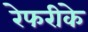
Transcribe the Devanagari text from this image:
रेफरीके